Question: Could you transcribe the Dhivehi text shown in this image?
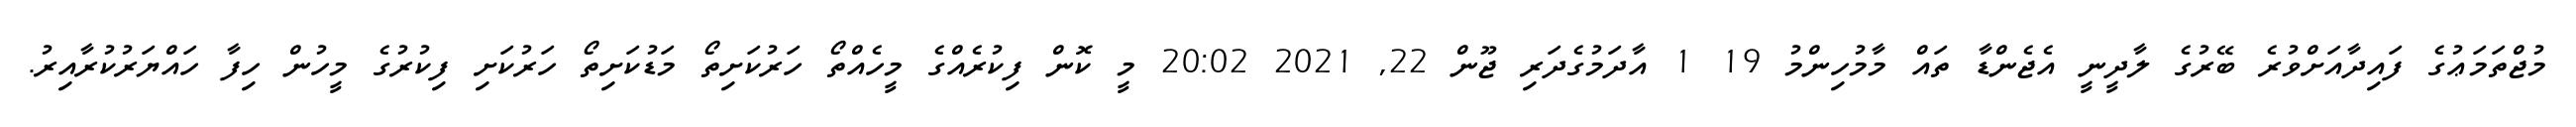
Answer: މުޖްތަމަޢުގެ ފައިދާއަށްވުރެ ބޭރުގެ ލާދީނީ އެޖެންޑާ ތައް މާމުހިންމު 19 1 އާދަމުގެދަރި ޖޫން 22, 2021 20:02 މީ ކޮން ފިކުރެއްގެ މީހެއްތޯ ހަރުކަށިތޯ މަޑުކަށިތޯ ހަރުކަށި ފިކުރުގެ މީހުން ހިފާ ހައްޔަރުކުރާއިރު.